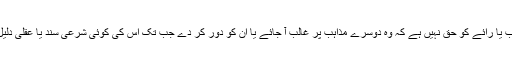
اور کسی مذہب یا رائے کو حق نہیں ہے کہ وہ دوسرے مذاہب پر غالب آ جائے یا ان کو دور کر دے جب تک اس کی کوئی شرعی سند یا عقلی دلیل موجود ہے ۔